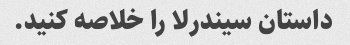
داستان سیندرلا را خلاصه کنید.